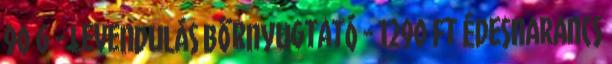
90 g - Levendulás bőrnyugtató - 1290 Ft ÉDESNARANCS